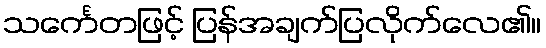
သင်္ကေတဖြင့် ပြန်အချက်ပြလိုက်လေ၏။